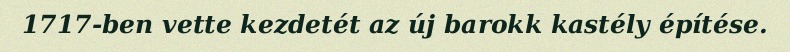
1717-ben vette kezdetét az új barokk kastély építése.